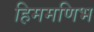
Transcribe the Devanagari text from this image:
हिममणिभ